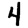
Digit: 4